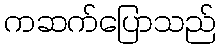
ကဆက်ပြောသည်